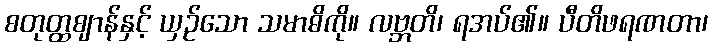
စတုတ္ထဈာန်နှင့် ယှဉ်သော သမာဓိကို။ လဗ္ဘတိ၊ ရအပ်၏။ ပီတိဖရဏတာ၊